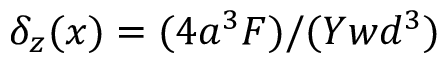
\delta _ { z } ( x ) = ( 4 a ^ { 3 } F ) / ( Y w d ^ { 3 } )